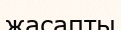
жасапты